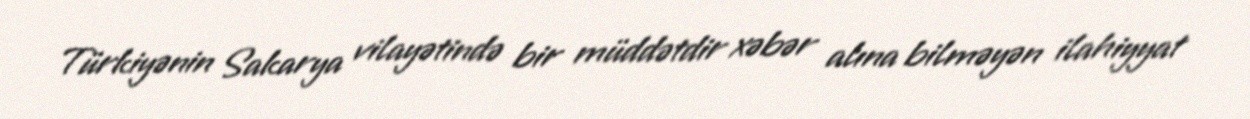
Türkiyənin Sakarya vilayətində bir müddətdir xəbər alına bilməyən ilahiyyat